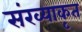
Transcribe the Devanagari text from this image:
संख्याकृत